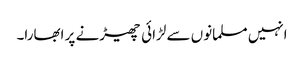
انہیں مسلمانوں سے لڑائی چھیڑنے پر ابھارا۔